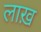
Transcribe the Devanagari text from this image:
लाख़